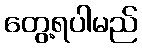
တွေ့ရပါမည်